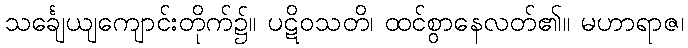
သင်္ချေယျကျောင်းတိုက်၌။ ပဋိဝသတိ၊ ထင်စွာနေလတ်၏။ မဟာရာဇ၊